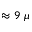
\approx 9 ~ \mu